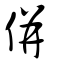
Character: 傡